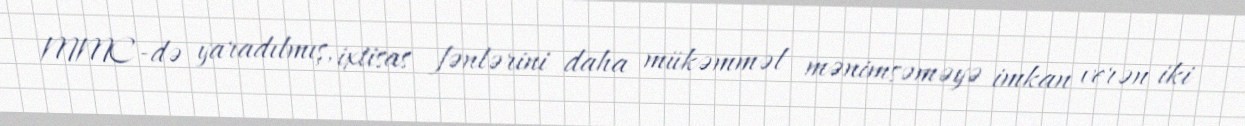
MMC-də yaradılmış, ixtisas fənlərini daha mükəmməl mənimsəməyə imkan verən iki